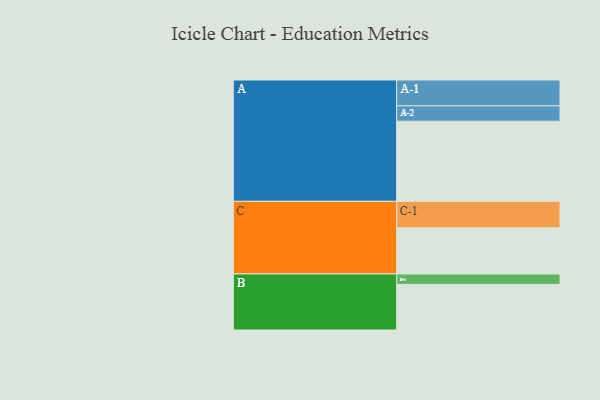
{"axis": {"x": "Segment", "y": "Value"}, "legend": ["", "A", "B", "C"], "data": [{"x": "A", "y": 546, "type": ""}, {"x": "B", "y": 311, "type": ""}, {"x": "C", "y": 315, "type": ""}, {"x": "A-1", "y": 176, "type": "A"}, {"x": "A-2", "y": 105, "type": "A"}, {"x": "B-1", "y": 71, "type": "B"}, {"x": "C-1", "y": 180, "type": "C"}]}